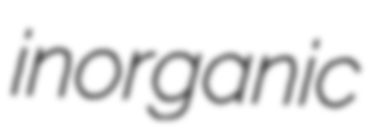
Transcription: inorganic